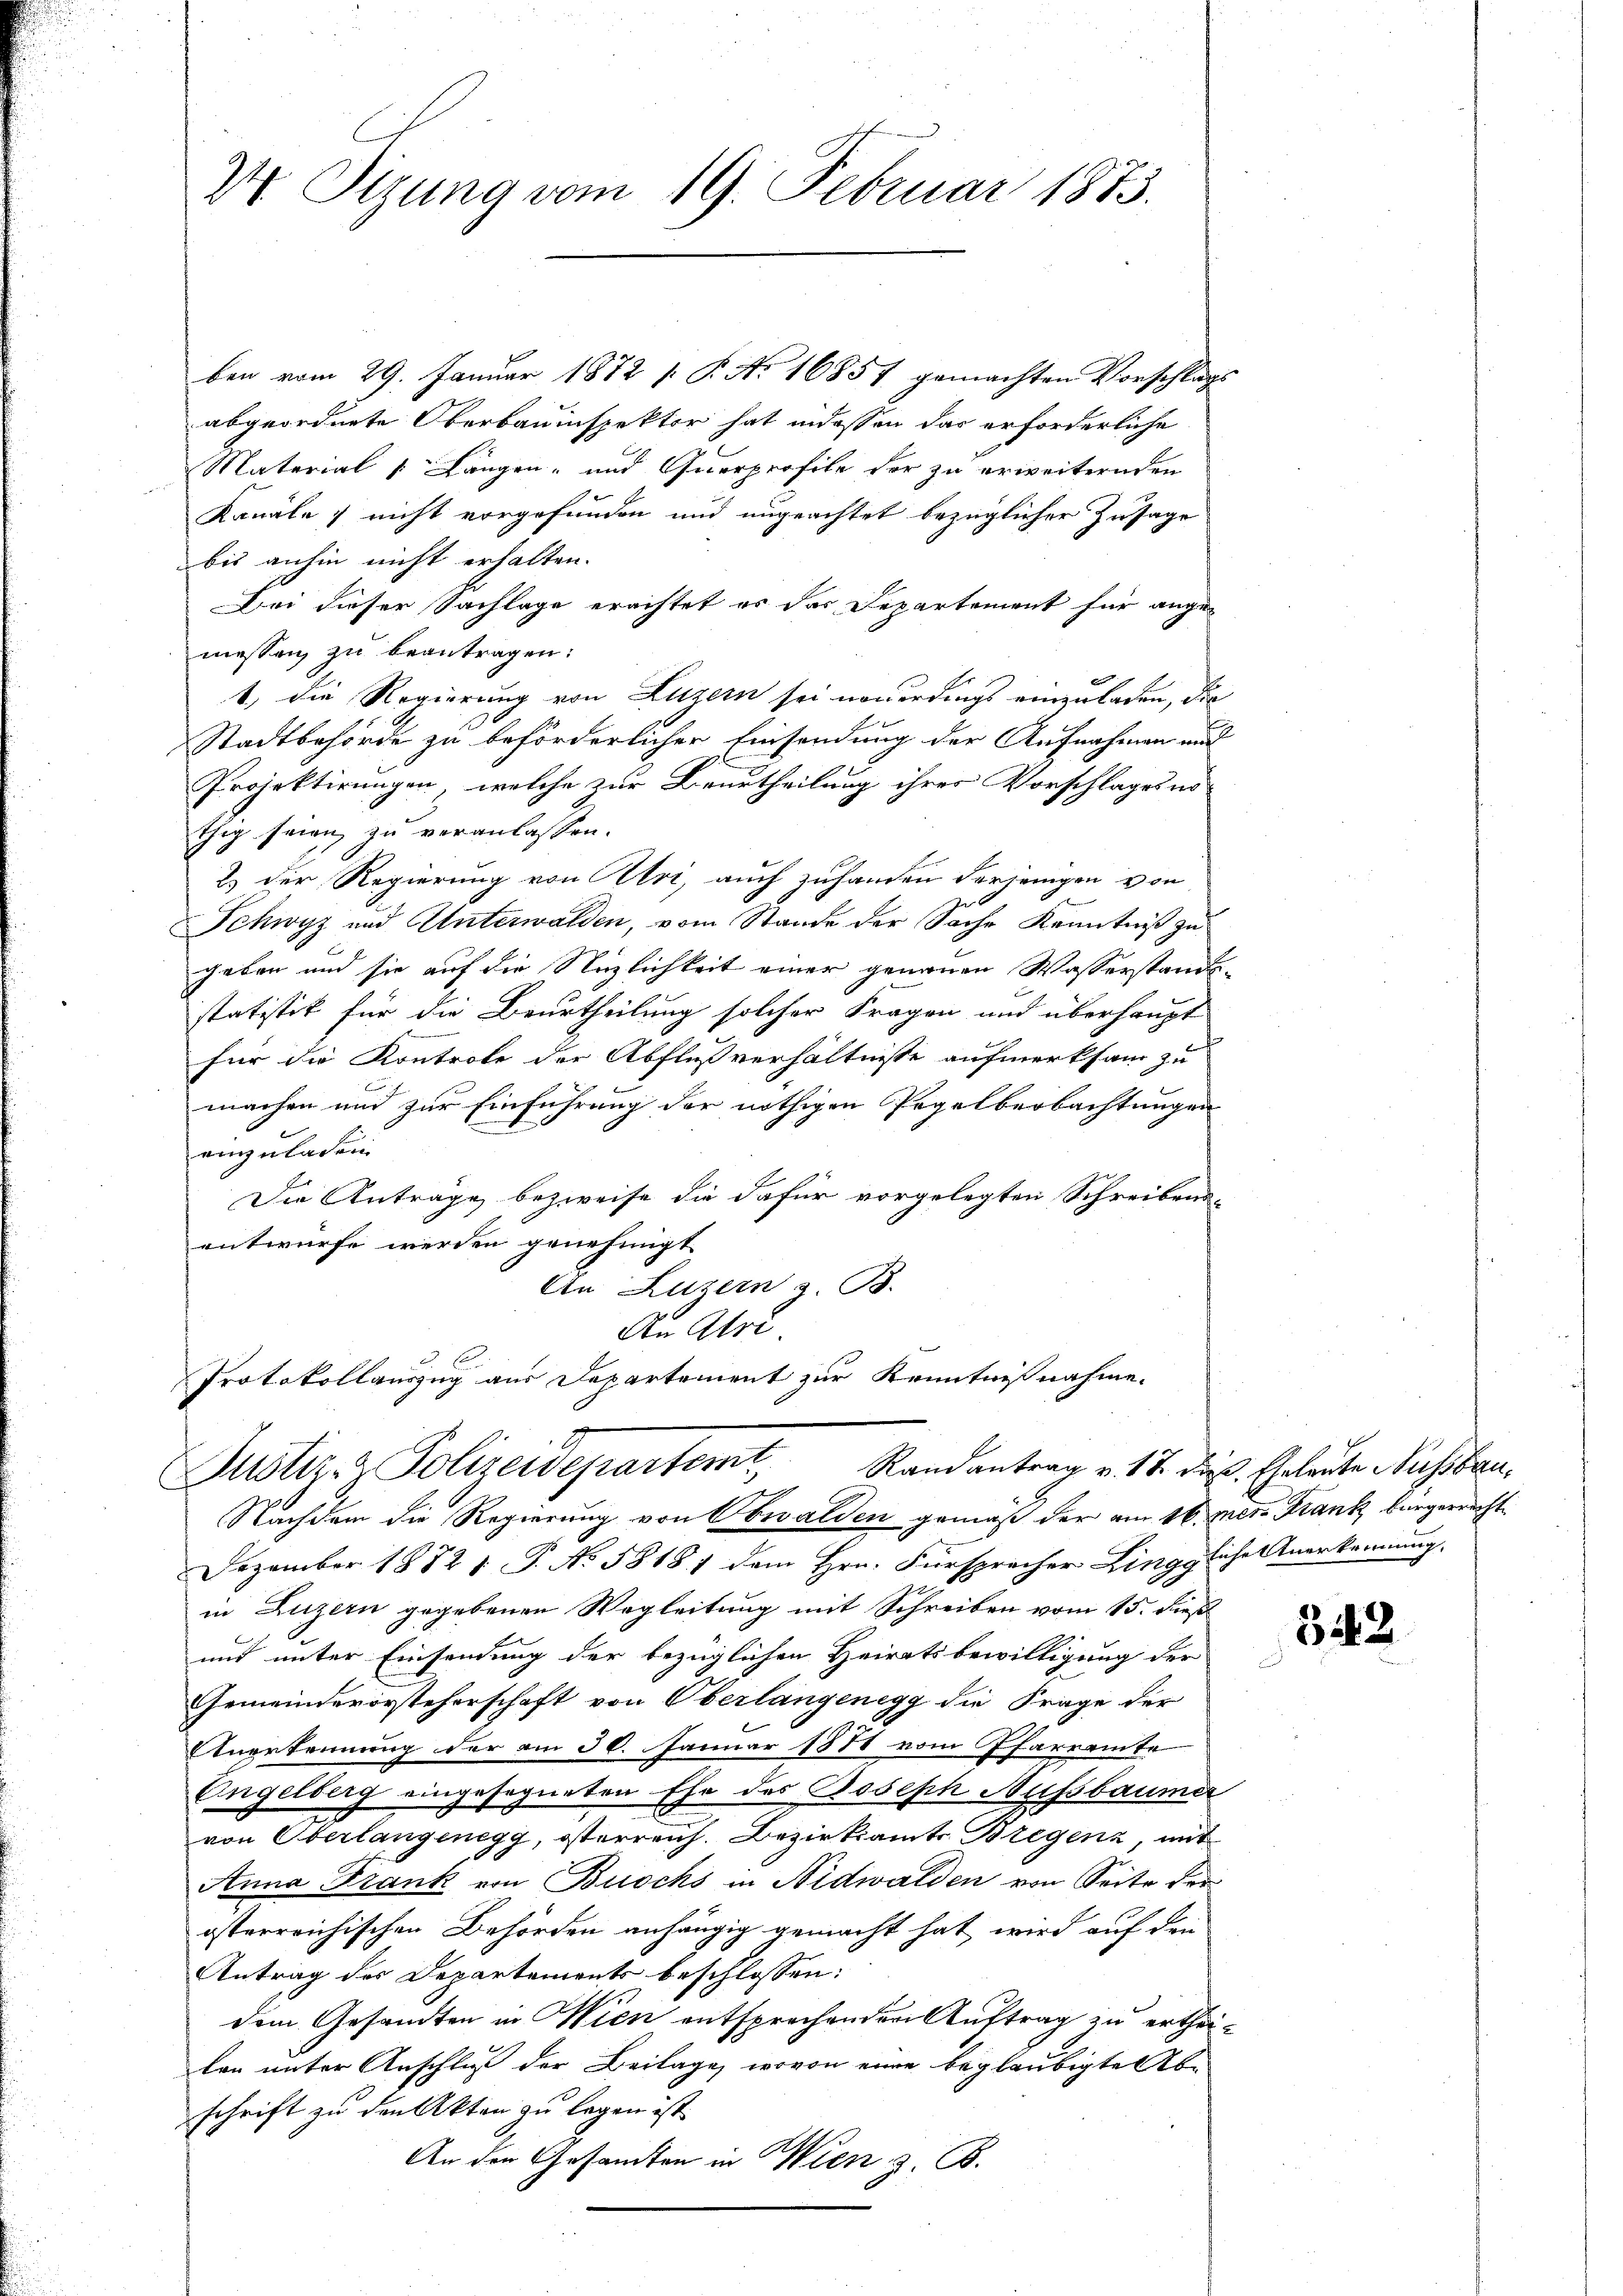
24. Sizung vom 19. Februar 1873.

ben vom 29. Januar 1872 /: P. Nr. 16851 gemachten Vorschlags
abgeordnete Oberbauinspektor hat indessen das erforderliche
Material [: Langen- und Querprofile der zu erweiternden
Kanäle, nicht vorgefunden und ungeachtet bezüglicher Zusage
bis anhin nicht erhalten.
Bei dieser Sachlage erachtet es das Departement für ange-
messen zu beantragen:
1., die Regierung von Luzern sei nonerdings einzuladen, die
Stadtbehörde zu beförderlicher Einsendung der Aufnahmen auf
Projektirungen, welche zur Beurtheilung ihrer Vorschlages no
thig seien zu veranlassen.
2.) Der Regierung von Abri, auch zuhanden derjenigen von
Schwyz und Unterwalden, vom Stande der Sache Kenntniß zu
geben und sie auf die Näzlichkeit einer genauen Wasserstands-
statistik für die Beurtheilung solcher Fragen und überhaupt
für die Kontrole der Abflußverhältnisse aufmerksam zu

machen und zur Einführung der nöthigen Regelbeobachtungen
einzuladen
Die Anträge bezweife die dafür vorgelegten Schreibensentwurfe werden genehmigt
An Luzern z. B.
Au Atre.
Protokollauszug aus Departement zur Kenntnißnahme.

Justiz- & Polizeidepartemt, Randantrag v. 18. dies Geleute Nachsbau
Nachdem die Regierung von Obwalden gemäß der am 16. Mer. Frank bürgerrecht

Dezember 1882 1. P. No. 58181 dem Hrn. Fürspracher Zinggliche Anerkennung.
in Luzern gegebenen Wegleitung mit Schreiben vom 15. dieß
und unter Einsendung der bezüglichen Heiratsbewilligung der
Gemeindevorsteherschaft von Oberlangenegg die Frage der
Anerkennung der am 30. Januar 1888 vom Pfarrente
Engelberg eingesegneten Ehe des Joseph Aussbaumer
von Oberlangenegg, österreich. Bezirksamts Bregenz, mit
Anna Frank von Buochs in Nidwalden von Seite der
österreichischen Behörden anhängig gemacht hat, wird auf den
Antrag des Departements beschlossen:
dem Gesandten in Wien entsprechenden Auftrag zu ertheilan unter Anschluß der Beilage, wovon eine beglaubigte Abschrift zu den Akten zu legen ist.
An den Gesamten in Wien z. B.

342.